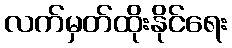
လက်မှတ်ထိုးနိုင်ရေး